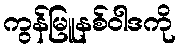
ကွန်မြူနစ်ဝါဒကို